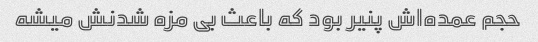
حجم عمده‌اش پنیر بود که باعث بی مزه شدنش میشه